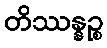
တိဿန္နဉ္စ